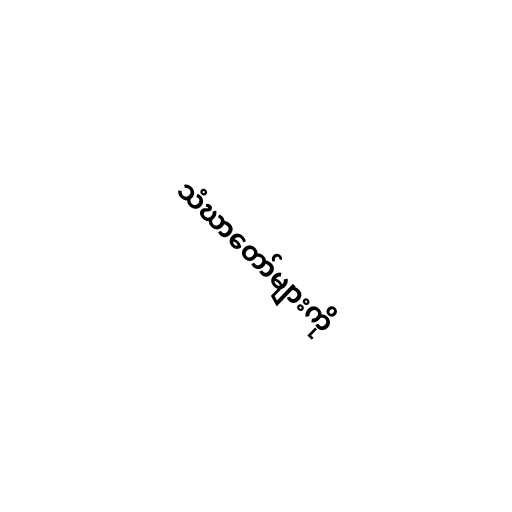
သံဃာတော်များကို